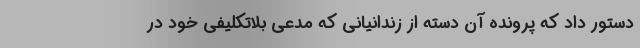
دستور داد که پرونده آن دسته از زندانیانی که مدعی بلاتکلیفی خود در